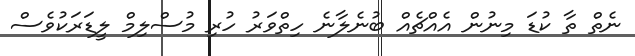
ނެތް ތާ ކުޑަ މިނުން އެއްޗެއް ބުނެލާނެ ހިތްވަރު ހުރި މުސްލިމް ލީޑަރަކުވެސް